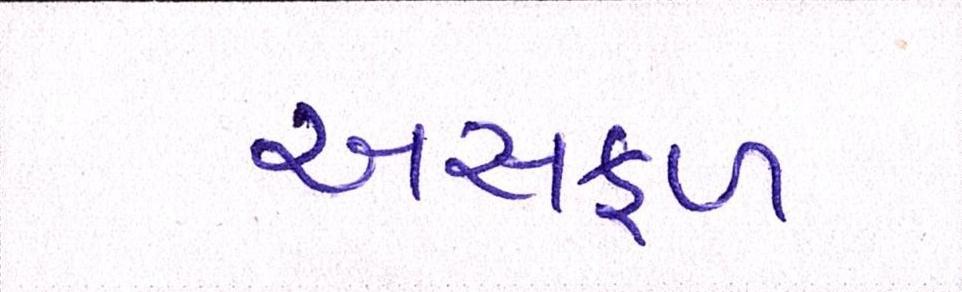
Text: અસફળ